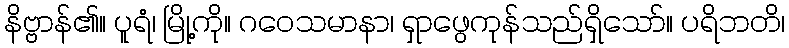
နိဗ္ဗာန်၏။ ပူရံ၊ မြို့ကို။ ဂဝေသမာနာ၊ ရှာဖွေကုန်သည်ရှိသော်။ ပရိဘတိ၊